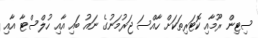
ސިޓިން ރޫމާއި ކޮޓަރިތަކަށް ހާއްސަ ޖަރުމަނުގެ ނައު ބައި އާއި ހުލްސްޓާ އާއި